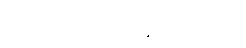
ဘယ်သူ့တေးသီချင်းတွေလဲ။